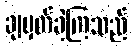
ချမှတ်ခဲ့ကြသည်